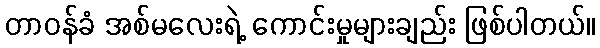
တာဝန်ခံ အစ်မလေးရဲ့ ကောင်းမှုများချည်း ဖြစ်ပါတယ်။